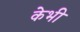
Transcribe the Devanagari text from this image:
केभी